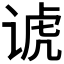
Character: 𬤀